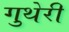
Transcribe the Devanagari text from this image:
गुथेरी